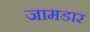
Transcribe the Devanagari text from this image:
जामडार